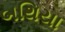
બથિયા